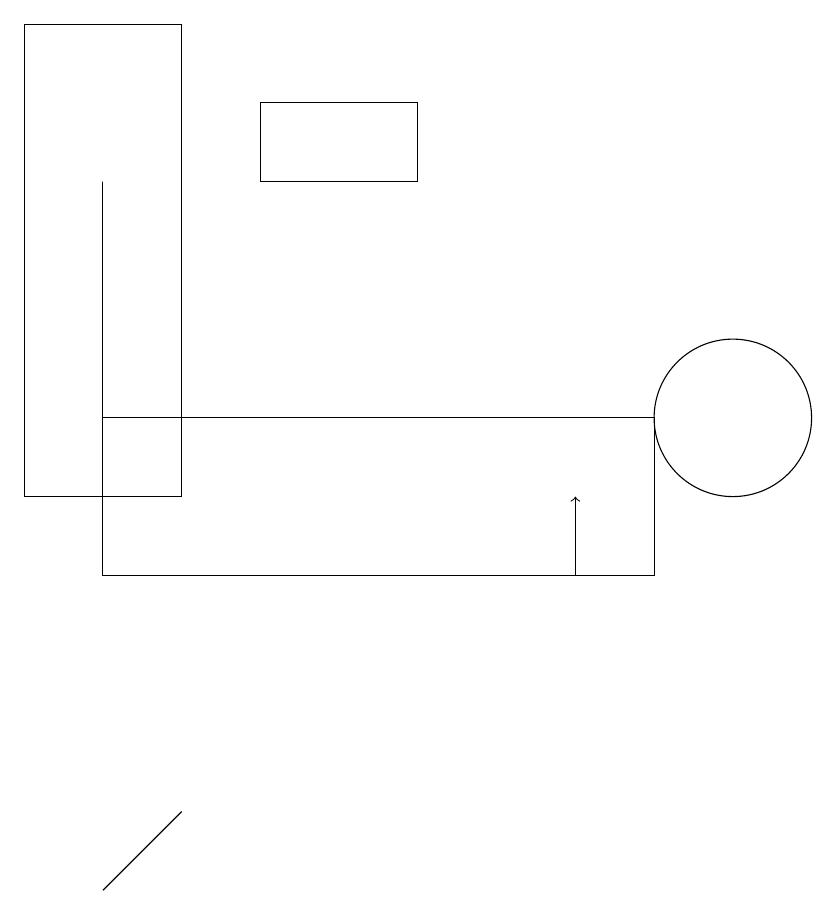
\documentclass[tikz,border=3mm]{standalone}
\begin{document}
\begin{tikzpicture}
\draw (9,10) rectangle (2,12);
\draw (10,12) circle (1);
\draw (3,7) -- (3,7) -- (2,6) -- cycle;
\draw (3,11) rectangle (1,17);
\draw[->] (8,10) -- (8,11);
\draw (10,10) circle (0);
\draw (4,15) rectangle (6,16);
\draw (2,12) rectangle (2,15);
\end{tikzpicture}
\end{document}